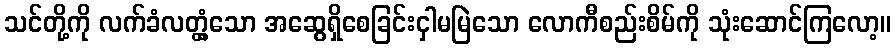
သင်တို့ကို လက်ခံလတ္တံ့သော အဆွေရှိစေခြင်းငှါမမြဲသော လောကီစည်းစိမ်ကို သုံးဆောင်ကြလော့။